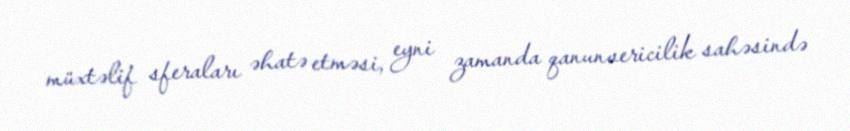
müxtəlif sferaları əhatə etməsi, eyni zamanda qanunvericilik sahəsində